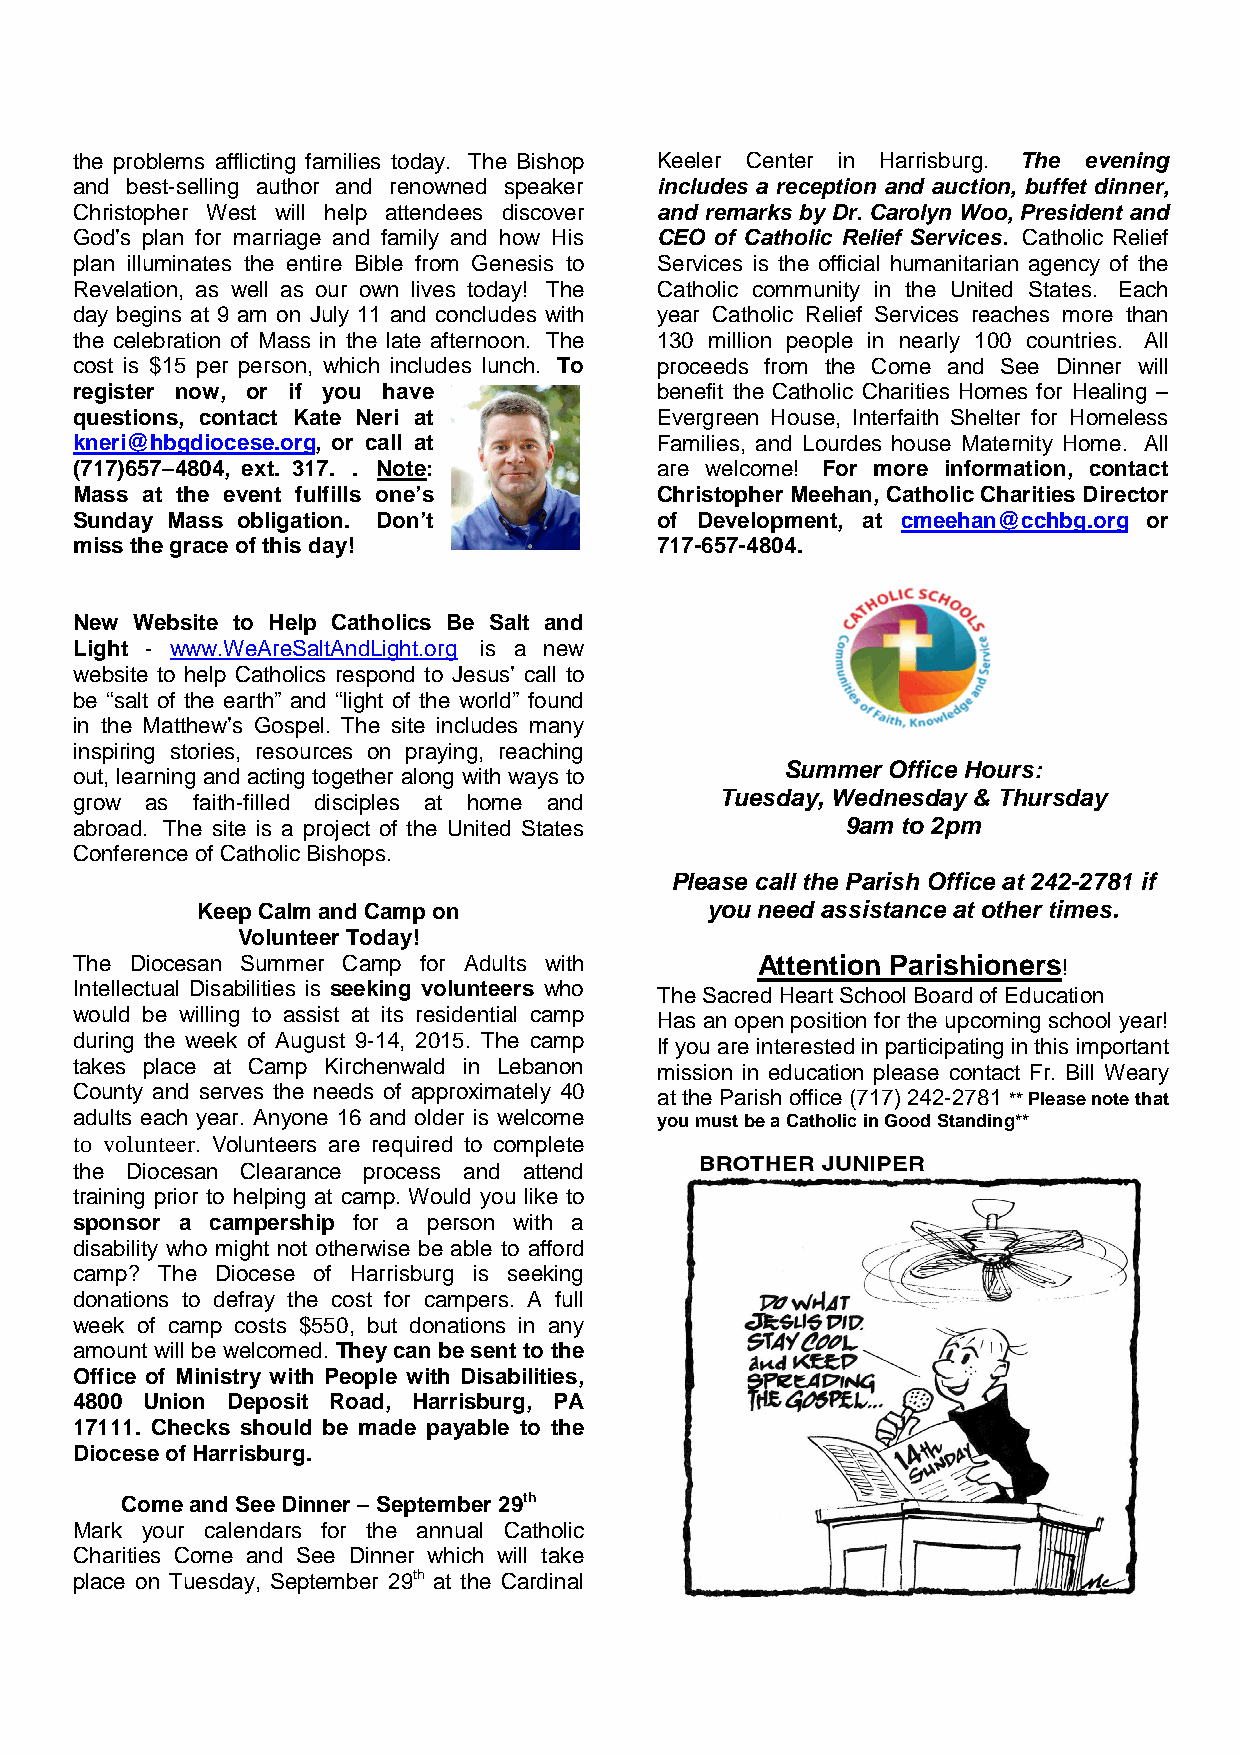
the problems afflicting families today. The Bishop Keeler Center in Harrisburg. The evening
 and best-selling author and renowned speaker includes a reception and auction, buffet dinner,
 Christopher West will help attendees discover and remarks by Dr. Carolyn Woo, President and
 God’s plan for marriage and family and how His CEO of Catholic Relief Services. Catholic Relief
 plan illuminates the entire Bible from Genesis to Services is the official humanitarian agency of the
 Revelation, as well as our own lives today! The Catholic community in the United States. Each
 day begins at 9 am on July 11 and concludes with year Catholic Relief Services reaches more than
 the celebration of Mass in the late afternoon. The 130 million people in nearly 100 countries. All
 cost is $15 per person, which includes lunch. To proceeds from the Come and See Dinner will
 register now, or if you have           benefit the Catholic Charities Homes for Healing –
 questions, contact Kate Neri at        Evergreen House, Interfaith Shelter for Homeless
 kneri@hbgdiocese.org, or call at       Families, and Lourdes house Maternity Home. All
 (717)657–4804, ext. 317. . Note:       are welcome! For more information, contact
 Mass at the event fulfills one’s       Christopher Meehan, Catholic Charities Director
 Sunday Mass obligation. Don’t          of Development, at cmeehan@cchbg.org or
 miss the grace of this day!            717-657-4804.
 New Website to Help Catholics Be Salt and
 Light - www.WeAreSaltAndLight.org is a new
 website to help Catholics respond to Jesus’ call to
 be “salt of the earth” and “light of the world” found
 in the Matthew’s Gospel. The site includes many
 inspiring stories, resources on praying, reaching
 Summer Office Hours:
 out, learning and acting together along with ways to
 grow as faith-filled disciples at home and Tuesday, Wednesday & Thursday
 abroad. The site is a project of the United States 9am to 2pm
 Conference of Catholic Bishops.
 Please call the Parish Office at 242-2781 if
 Keep Calm and Camp on             you need assistance at other times.
 Volunteer Today!
 The Diocesan Summer Camp for Adults with     Attention Parishioners!
 Intellectual Disabilities is seeking volunteers who The Sacred Heart School Board of Education
 would be willing to assist at its residential camp Has an open position for the upcoming school year!
 during the week of August 9-14, 2015. The camp If you are interested in participating in this important
 takes place at Camp Kirchenwald in Lebanon mission in education please contact Fr. Bill Weary
 County and serves the needs of approximately 40 at the Parish office (717) 242-2781 ** Please note that
 adults each year. Anyone 16 and older is welcome you must be a Catholic in Good Standing**
 to volunteer. Volunteers are required to complete
 the Diocesan Clearance process and attend
 training prior to helping at camp. Would you like to
 sponsor a campership for a person with a
 disability who might not otherwise be able to afford
 camp? The Diocese of Harrisburg is seeking
 donations to defray the cost for campers. A full
 week of camp costs $550, but donations in any
 amount will be welcomed. They can be sent to the
 Office of Ministry with People with Disabilities,
 4800 Union Deposit Road, Harrisburg, PA
 17111. Checks should be made payable to the
 Diocese of Harrisburg.
 Come and See Dinner – September 29th
 Mark your calendars for the annual Catholic
 Charities Come and See Dinner which will take
 place on Tuesday, September 29th at the Cardinal